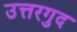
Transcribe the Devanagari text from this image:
उत्तरगुद